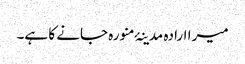
میرا ارادہ مدینۂ منورہ جانے کا ہے۔